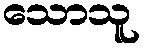
သောသူ